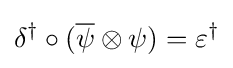
\delta ^{\dagger }\circ ({\overline {\psi }}\otimes \psi )=\varepsilon ^{\dagger }